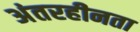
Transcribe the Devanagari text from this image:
अंतरहीनता